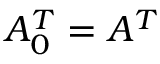
A _ { 0 } ^ { T } = A ^ { T }